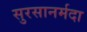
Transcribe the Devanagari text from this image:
सुरसानर्मदा